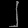
Digit: ၂